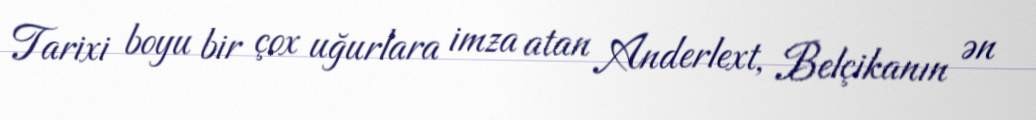
Tarixi boyu bir çox uğurlara imza atan Anderlext, Belçikanın ən